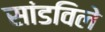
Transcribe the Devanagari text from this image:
सांडविले